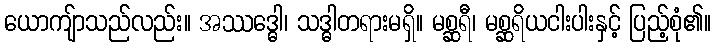
ယောကျ်ာသည်လည်း။ အဿဒ္ဓေါ၊ သဒ္ဓါတရားမရှိ။ မစ္ဆရီ၊ မစ္ဆရိယငါးပါးနှင့် ပြည့်စုံ၏။